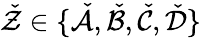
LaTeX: \check{\mathcal{Z}}\in\{ \check{\mathcal{A}},\check{\mathcal{B}},\check{\mathcal{C}},\check{\mathcal{D}}\}